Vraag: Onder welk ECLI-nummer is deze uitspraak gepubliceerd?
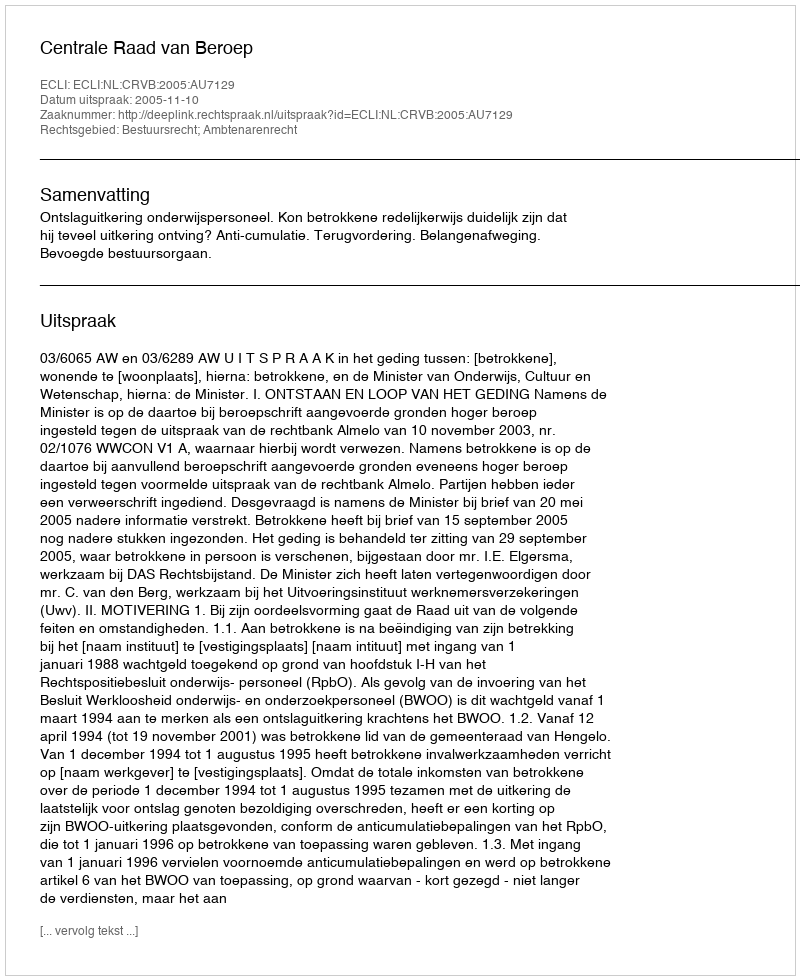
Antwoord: ECLI:NL:CRVB:2005:AU7129